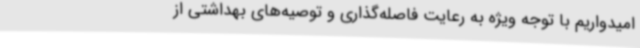
امیدواریم با توجه ویژه به رعایت فاصله‌گذاری و توصیه‌های بهداشتی از